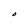
Character: O